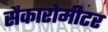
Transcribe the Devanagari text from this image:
सैकारोमीटर